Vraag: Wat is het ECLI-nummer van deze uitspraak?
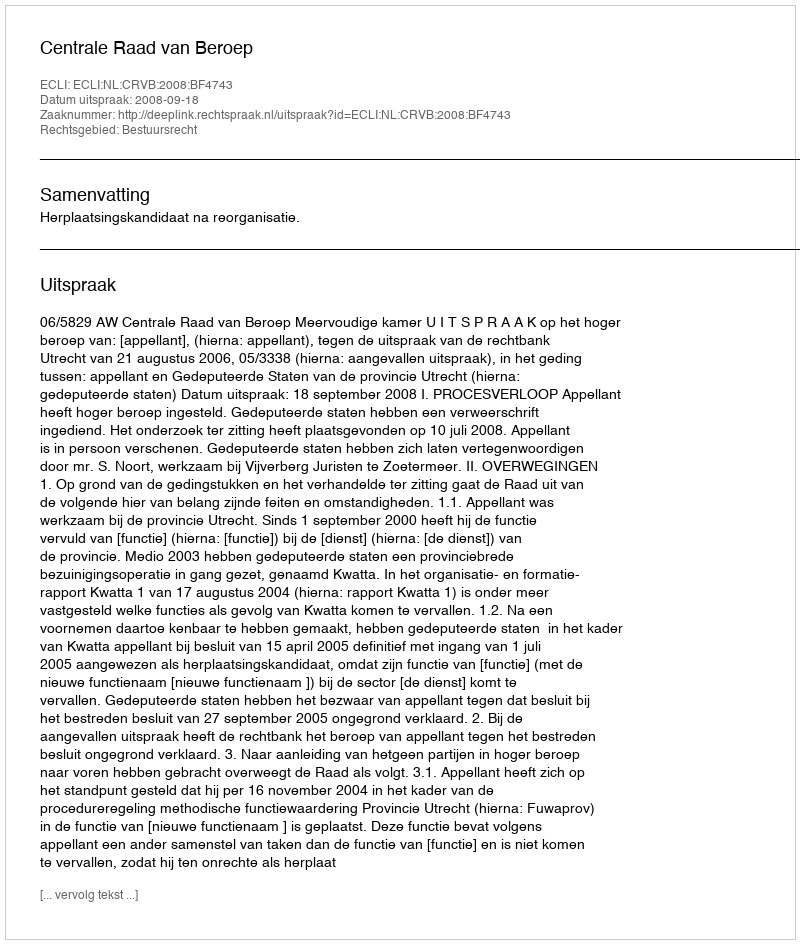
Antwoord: ECLI:NL:CRVB:2008:BF4743